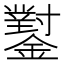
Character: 𨮝